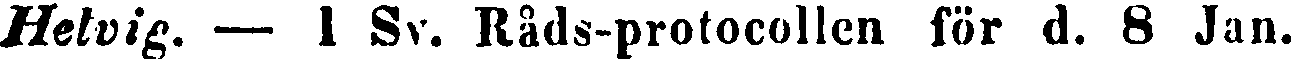
Helvig. — 1 Sv. Råds-protocollen för d. 8 Jan.